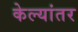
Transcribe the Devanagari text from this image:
केल्यांतर